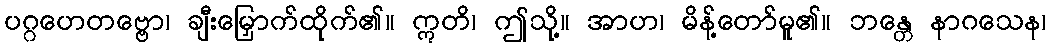
ပဂ္ဂဟေတဗ္ဗော၊ ချီးမြှောက်ထိုက်၏။ ဣတိ၊ ဤသို့။ အာဟ၊ မိန့်တော်မူ၏။ ဘန္တေ နာဂသေန၊